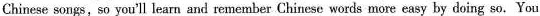
Chinese songs,so you'll learn and remember Chinese words more easy by doing so. You